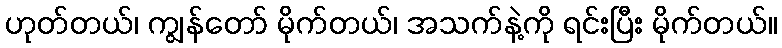
ဟုတ်တယ်၊ ကျွန်တော် မိုက်တယ်၊ အသက်နဲ့ကို ရင်းပြီး မိုက်တယ်။